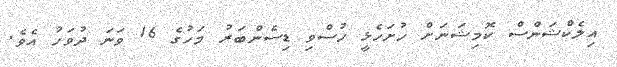
އިލެކްޝަންސް ކޮމިޝަނަށް ހުށަހެޅީ ހުސްވި ޑިސެންބަރު މަހުގެ 16 ވަނަ ދުވަހު އެވެ.